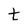
Character: t